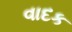
વાદક